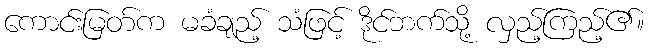
ကောင်းမြတ်က မခံချည့် သံဖြင့် ဒိုင်ဘက်သို့ လှည့်ကြည့်၏။